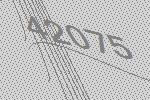
42075